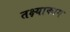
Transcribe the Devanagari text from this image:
तक्ष्याकाग